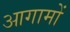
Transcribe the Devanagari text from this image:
आगामों